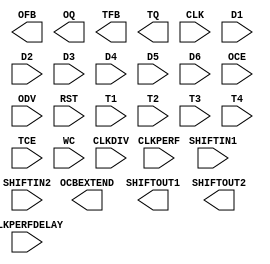
// $Header: /devl/xcs/repo/env/Databases/CAEInterfaces/xec_libs/data/unisims/OSERDESE1.v,v 1.3 2009/08/22 00:32:34 harikr Exp $
///////////////////////////////////////////////////////////////////////////////
// Copyright (c) 1995/2009 Xilinx, Inc.
// All Right Reserved.
///////////////////////////////////////////////////////////////////////////////
//   ____  ____
//  /   /\/   /
// /___/  \  /    Vendor : Xilinx
// \   \   \/     Version : 11.1i (L.11)
//  \   \         Description : Xilinx Formal Library Component
//  /   /
// /___/   /\     Filename : OSERDESE1.v
// \   \  /  \    Timestamp :
//  \___\/\___\
//
// Revision:
//    04/28/09 - Initial version.
// End Revision


`timescale  1 ps / 1 ps

module OSERDESE1 (OCBEXTEND, OFB, OQ, SHIFTOUT1, SHIFTOUT2, TFB, TQ,
                    CLK, CLKDIV, CLKPERF, CLKPERFDELAY, D1, D2, D3, D4, D5, D6, OCE, ODV, RST, SHIFTIN1, SHIFTIN2, T1, T2, T3, T4, TCE, WC);



    parameter DATA_RATE_OQ = "DDR";
    parameter DATA_RATE_TQ = "DDR";
    parameter integer DATA_WIDTH = 4;
    parameter integer DDR3_DATA = 1;
    parameter INIT_OQ = 1'b0;
    parameter INIT_TQ = 1'b0;
    parameter INTERFACE_TYPE = "DEFAULT";
    parameter integer ODELAY_USED = 0;
    parameter SERDES_MODE = "MASTER";
    parameter SRVAL_OQ = 1'b0;
    parameter SRVAL_TQ = 1'b0;
    parameter integer TRISTATE_WIDTH = 4;


    output OCBEXTEND;
    output OFB;
    output OQ;
    output SHIFTOUT1;
    output SHIFTOUT2;
    output TFB;
    output TQ;

    input CLK;
    input CLKDIV;
    input CLKPERF;
    input CLKPERFDELAY;
    input D1;
    input D2;
    input D3;
    input D4;
    input D5;
    input D6;
    input OCE;
    input ODV;
    input RST;
    input SHIFTIN1;
    input SHIFTIN2;
    input T1;
    input T2;
    input T3;
    input T4;
    input TCE;
    input WC;


endmodule